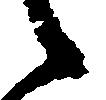
々